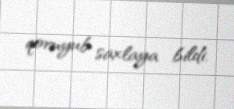
qoruyub saxlaya bildi.